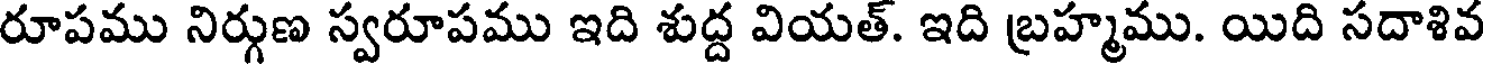
రూపము నిర్గుణ స్వరూపము ఇది శుద్ద వియత్. ఇది బ్రహ్మము. యిది సదాశివ